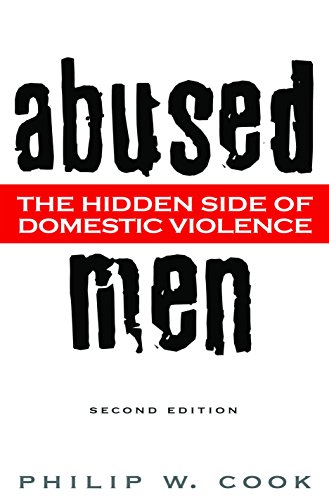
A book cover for Abused Men: The Hidden Side of Domestic Violence; Philip W. Cook; Health, Fitness & Dieting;